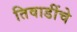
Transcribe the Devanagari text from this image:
तिवाडींचे